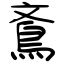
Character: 鴍